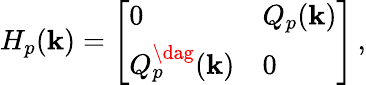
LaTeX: H_{p}(\mathbf k)=\left[\begin{array}{ll}{0}&{Q_{p}(\mathbf k)}\\ {Q_{p}^{\dag}(\mathbf k)}&{0}\end{array}\right]\, ,